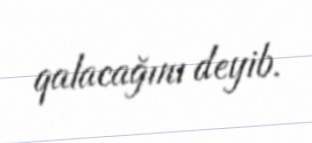
qalacağını deyib.